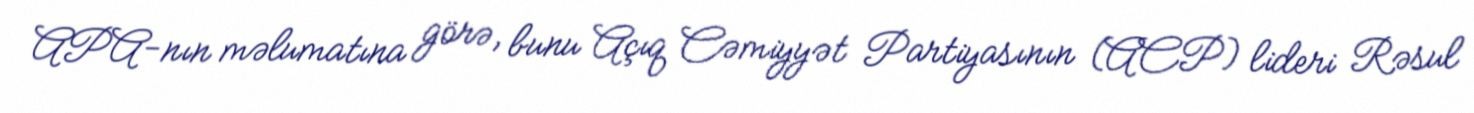
APA-nın məlumatına görə, bunu Açıq Cəmiyyət Partiyasının (ACP) lideri Rəsul